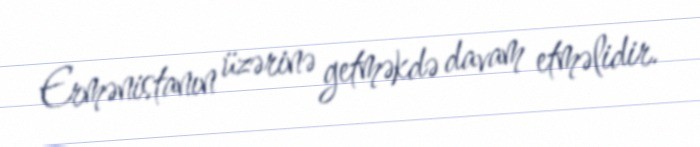
Ermənistanın üzərinə getməkdə davam etməlidir.